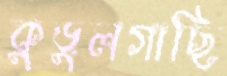
কুড়ুলগাছি